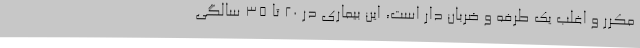
مکرر و اغلب یک طرفه و ضربان دار است، این بیماری در ۲۰ تا ۳۵ سالگی